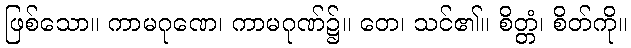
ဖြစ်သော။ ကာမဂုဏေ၊ ကာမဂုဏ်၌။ တေ၊ သင်၏။ စိတ္တံ၊ စိတ်ကို။